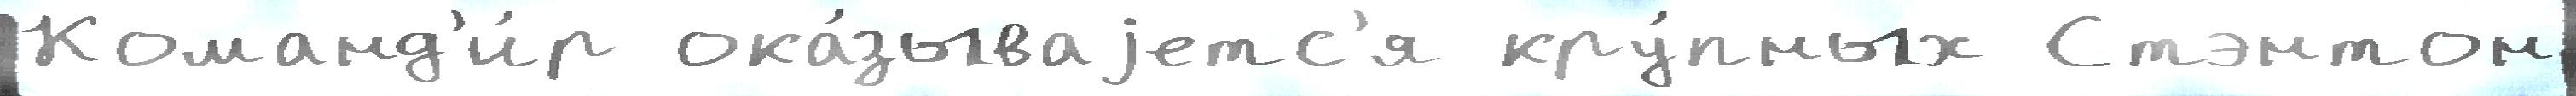
Команд'и́р ока́зываjетс'я кру́пных Стэнтон